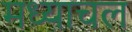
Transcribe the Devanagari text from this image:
मध्याचल